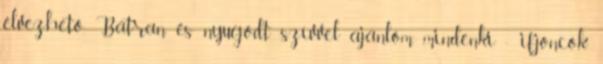
élvezhető. Bátran és nyugodt szívvel ajánlom mindenki - ifjoncok